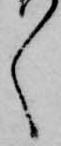
々